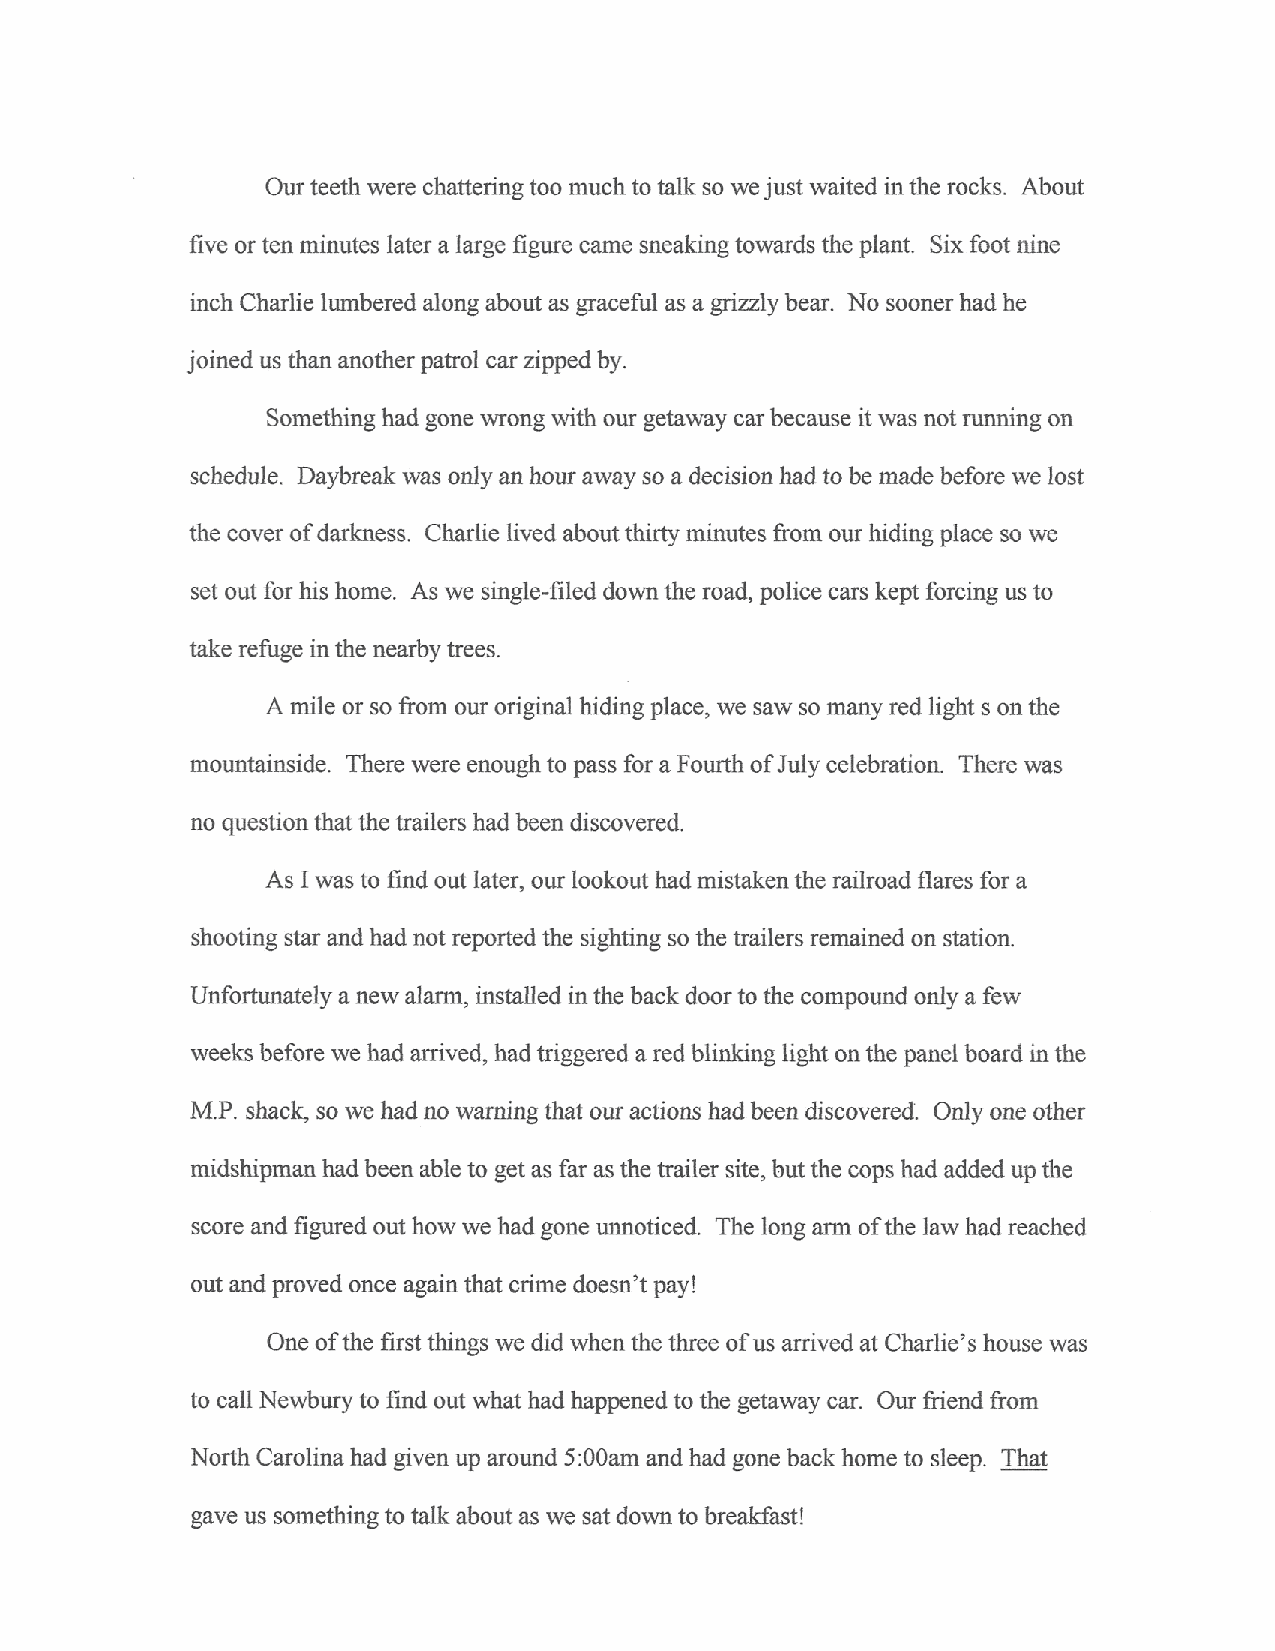
Our teeth were chattering too much to talk so we just waited in the rocks. About
 five or ten minutes later a large figure came sneaking towards the plant. Six foot nine
 inch Charlie lumbered along about as graceful as a grizzly bear. No sooner had he
 joined us than another patrol car zipped by.
 Something had gone wrong with our getaway car because it was not running on
 schedule. Daybreak was only an hour away so a decision had to be made before we lost
 the cover of darkness. Charlie lived about thirty minutes from our hiding place so we
 set out for his home. As we single-filed down the road, police cars kept forcing us to
 take refuge in the nearby trees.
 A mile or so from our original hiding place, we saw so many red light s on the
 mountainside. There were enough to pass for a Fourth of July celebration. There was
 no question that the trailers had been discovered.
 As I was to find out later, our lookout had mistaken the railroad flares for a
 shooting star and had not reported the sighting so the trailers remained on station.
 Unfortunately a new alarm, installed in the back door to the compound only a few
 weeks before we had arrived, had triggered a red blinking light on the panel board in the
 M.P. shack, so we had no warning that our actions had been discovered. Only one other
 midshipman had been able to get as far as the trailer site, but the cops had added up the
 score and figured out how we had gone unnoticed. The long arm of the law had reached
 out and proved once again that crime doesn't pay!
 One of the first things we did when the three of us arrived at Charlie's house was
 to call Newbury to find out what had happened to the getaway car. Our friend from
 North Carolina had given up around 5:OOamand had gone back home to sleep. That
 gave us something to talk about as we sat down to breakfast!